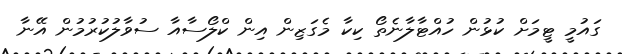
ގައުމީ ޓީމަށް ކުޅުން ހުއްޓާލާނެތޯ ކިކާ މެގަޒިން އިން ކްލޯސާއާ ސުވާލުކުރުމުން އޭނާ